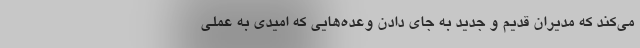
می‌کند که مدیران قدیم و جدید به جای دادن وعده‌هایی که امیدی به عملی‌